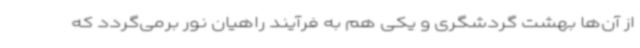
از آن‌ها بهشت گردشگری و یکی هم به فرآیند راهیان نور برمی‌گردد که